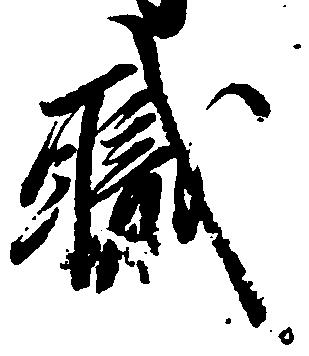
職